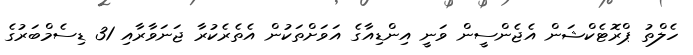
ހެލްތު ޕްރޮޓެކްޝަން އެޖެންސީން ވަނީ އިންޑިއާގެ އަވަށްތަކުން އެތެރެކުރާ ޖަނަވާރާއި 31 ޑިސެމްބަރުގެ